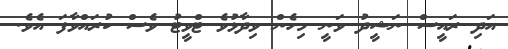
އަދި ރައީސް ނަޝީދު ވަނީ މިހެން ވިދާޅުވެ ޓްވީޓު ވެސް ކުރައްވާފަ އެވެ.